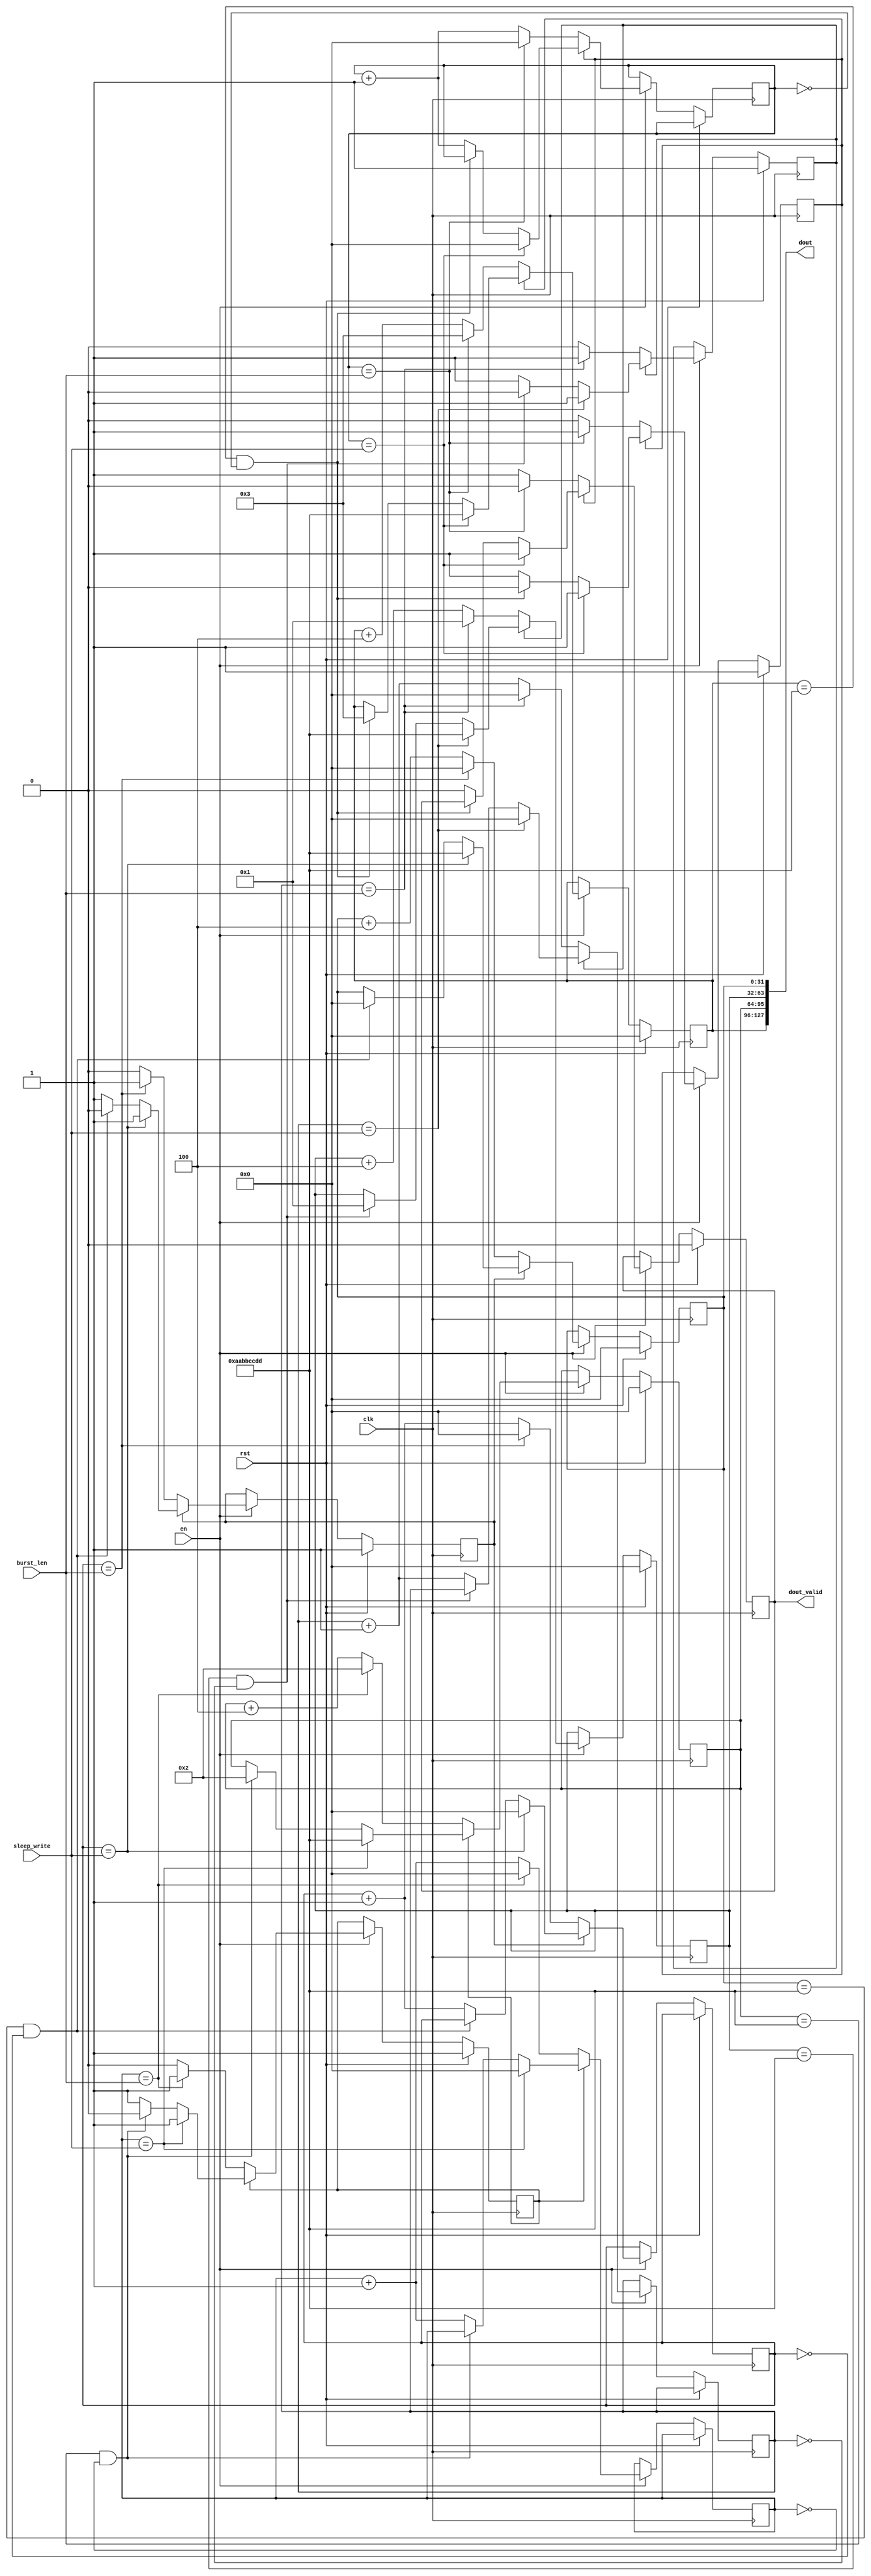

module pkt_gen #(
    parameter DOUT_WIDTH = 32,
    parameter PARALLEL = 4
) (
    input wire clk,
    input wire en,
    input wire rst,

    input wire [31:0] burst_len,
    input wire [31:0] sleep_write,

    output wire [DOUT_WIDTH*PARALLEL-1:0] dout,
    output wire dout_valid
);

genvar i;
generate 

for(i=0; i< PARALLEL; i=i+1)begin: for_loop

//reg [DOUT_WIDTH-1:0] counter =0;
reg [31:0] counter=0;
reg dout_valid_r=0;
reg state=1;
reg [31:0] cycles_count=0;
always@(posedge clk)begin
    if(rst)begin
        dout_valid_r <=0;
        counter <=0;
        state <=1;
    end
    else if(en)begin
        if(state==0)begin
            if(cycles_count==burst_len)begin
                cycles_count <=0;
                counter <=i;
                dout_valid_r <=0;
                state <=1;
            end
            else begin 
                counter <= counter+PARALLEL;
                cycles_count <= cycles_count +1;
                dout_valid_r <=1;
            end
        end
        else begin
            if(cycles_count==sleep_write)begin
                dout_valid_r <=1;
                counter <=32'haabbccdd;
                cycles_count <=0;
            end
            else if((counter == 32'haabbccdd) & (cycles_count==0))begin
                state <=0;
                counter <=i;
            end
            else begin
                cycles_count <= cycles_count+1;
                dout_valid_r <=0;
            end
        end
    end
end

assign dout[DOUT_WIDTH*i+:DOUT_WIDTH]=counter[DOUT_WIDTH-1:0];
end 



endgenerate

assign dout_valid = for_loop[PARALLEL-1].dout_valid_r;

endmodule